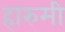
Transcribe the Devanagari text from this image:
हारुमी